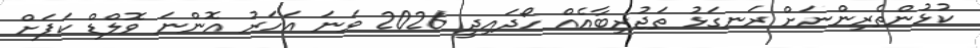
ކުޅުންތެރިންނަށް ރަނގަޅު ތަޖުރިބާއެއް ހޯދައިދީ 2026 ވަނަ އަހަރު އޮންނަ ވޮލްޑް ކަޕަށް